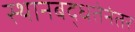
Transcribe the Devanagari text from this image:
स्थानबद्धतेनंतर